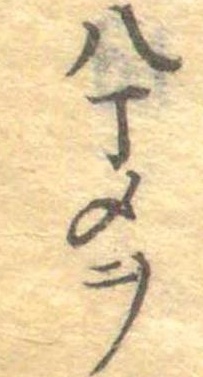
八丁メヲ